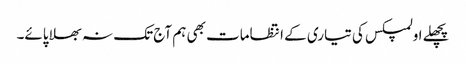
پچھلے اولمپکس کی تیاری کے انتظامات بھی ہم آج تک نہ بھلا پائے۔